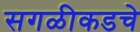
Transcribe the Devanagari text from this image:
सगळीकडचे